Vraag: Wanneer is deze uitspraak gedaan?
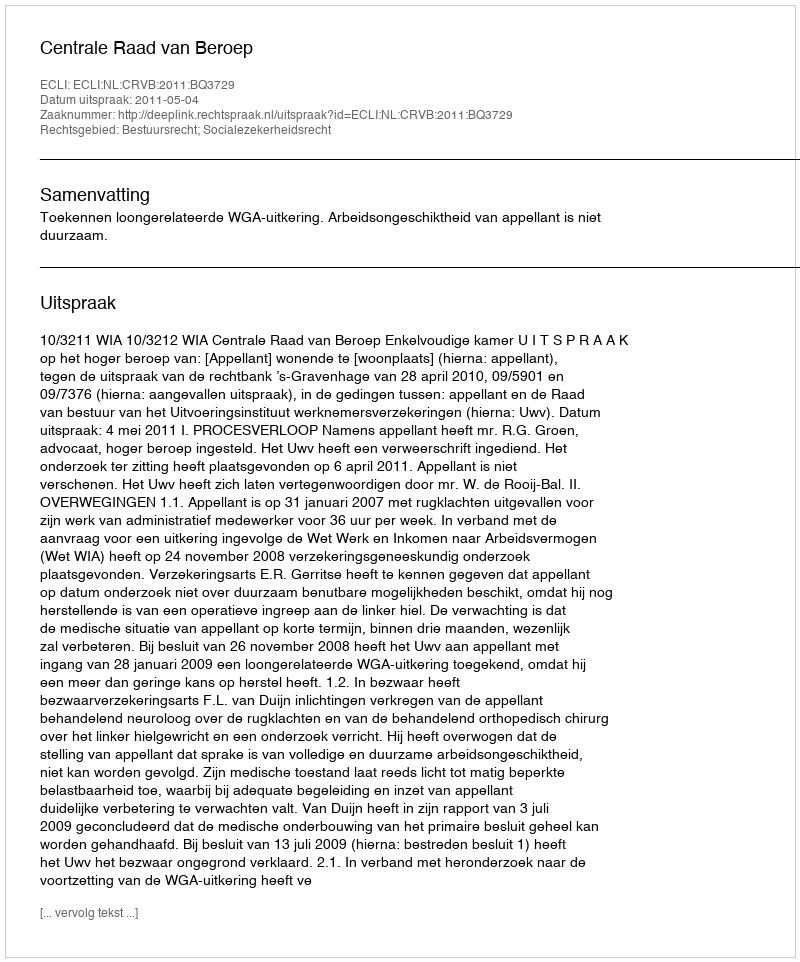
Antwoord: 2011-05-04